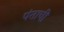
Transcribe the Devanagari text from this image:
पंताची